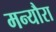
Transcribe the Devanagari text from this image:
मन्यौरा